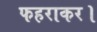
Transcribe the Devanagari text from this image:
फहराकर।